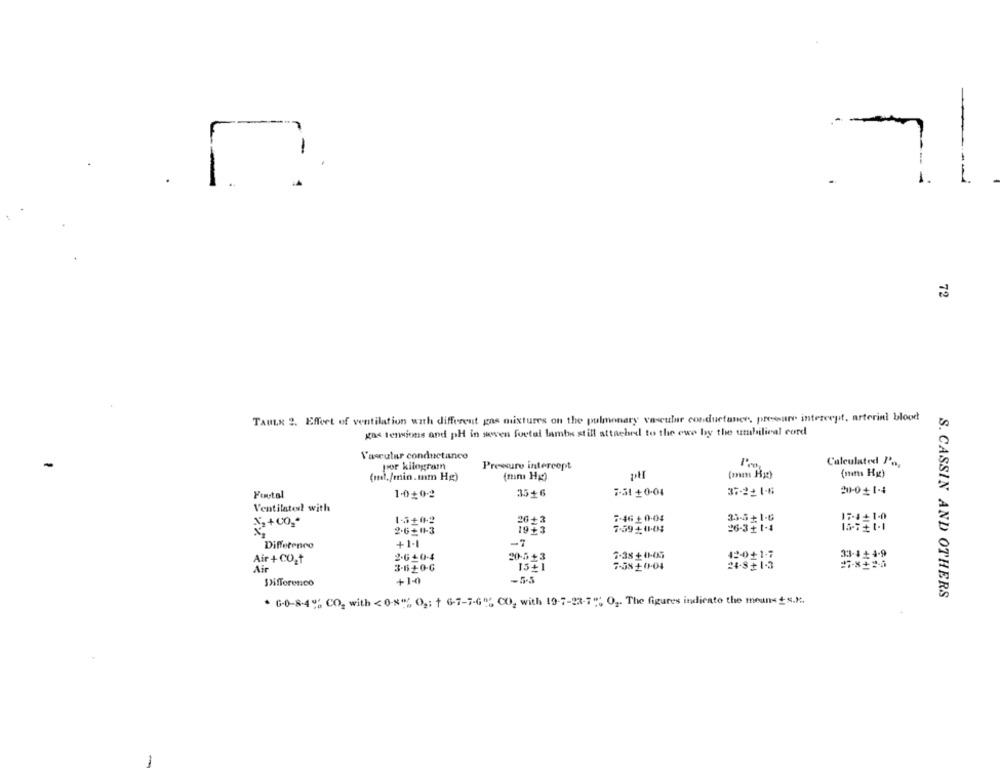
--
-
.
1.
72
TAULA 2. Efect of ventilation with different gas mixtures on the pulmonary vascular conductance, pressure intercept, arterial blood
gas tensions and pH in seven fortal lambs still attached to the ewe by the umbilical cord
Vascular conductance
Calculated I'n,
por kilogram
Pressure intercept
(ml./min.mm Hg)
[mm Hg)
(mitts Hu)
37-22 1.6
Youtal
1.0+02
35+6
7-51 +0.04
Ventilated with
X2 +00*
15402
26+3
7-46 + 0.04
3.3-5 # 1-6
2.6-11-3
19+3
7.59401-04
26-341-4
13. 1.1
Difference
+1.1
-7
7.38 + 01-05
42-0+17
33-4+4-9
Air + CO2+
2.640-4
20-5+3
Air
3-6+0.6
7-58+0-04
24-8 + 1-3
Differenco
+1-0
-5-5
S. CASSIN AND OTHERS
* G-0-8-4% CO2 with < 0-8" O ,; t 6-7-7-6", CO, with 19-7-23-7"; O2. The figures indiento the means +s.K.